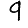
Digit: 9